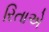
રિતાએ